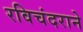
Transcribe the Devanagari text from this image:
रविचंदराने